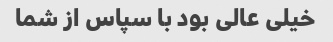
خیلی عالی بود با سپاس از شما